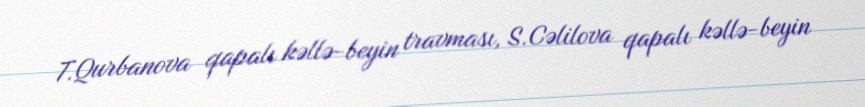
T.Qurbanova qapalı kəllə-beyin travması, S.Cəlilova qapalı kəllə-beyin